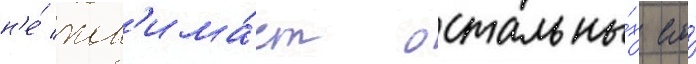
н'е́ пон'има́ет остальны́х его́